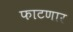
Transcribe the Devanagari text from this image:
फाटणार